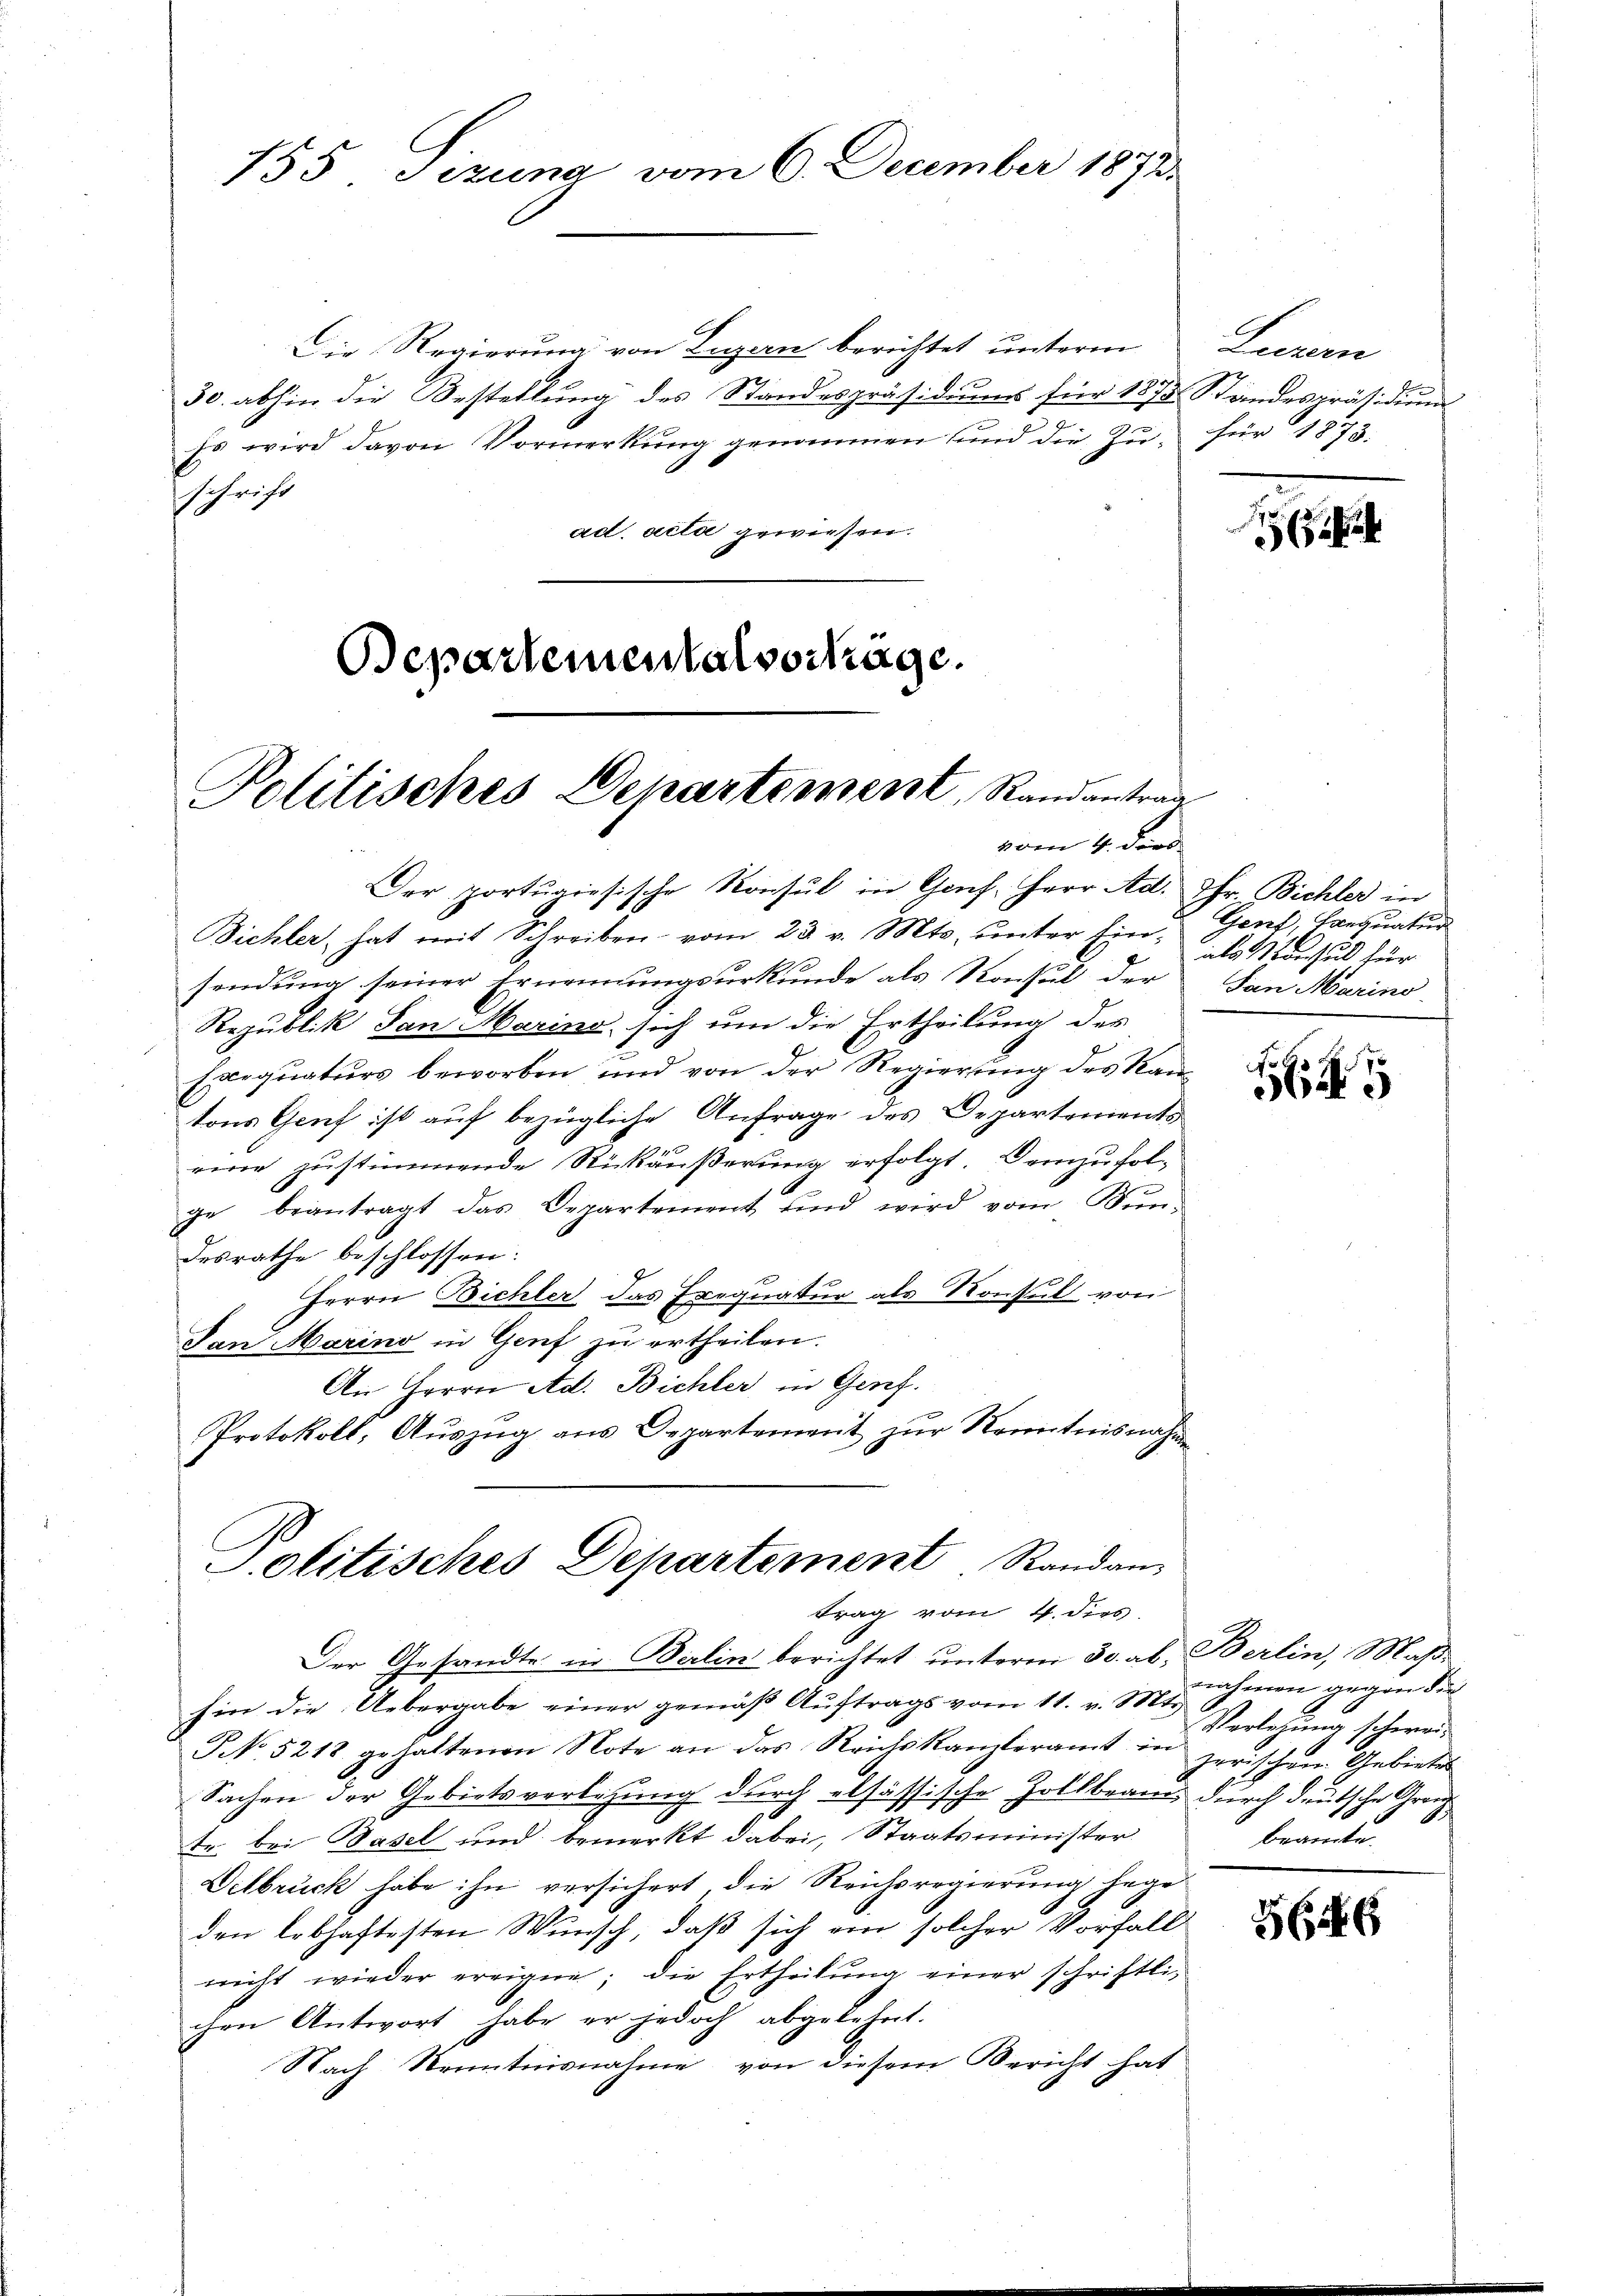
Die Regierung von Luzern berichtet unterm
30. abhin die Bestellung des Standespräsidiums für 1873 Standespräsidium
Es wird davon Vormerkŭng genommen und die Zŭ- für 1873.
schrift
act acta gewiesen.

Der portugisische Konsul in Genf, Herr Ad. Ihr Bichler in
Bichler, hat mit Schreiben vom 23. v. Mts. unter Einsendung seiner Ernennungsurkunde als Konsul der
Republik San Marina, sich um die Ertheilung der
Exequaturs beworben und von der Regierŭng des Kan-
tons Genf ist auf bezügliche Anfrage des Departements
eine zustimmende Rückäußerung erfolgt. Demzufol-
ge beantragt das Departement und wird vom Kŭn-
desrathe beschlossen:
Herrn Bichter das Exequatur als Konsul von
San Marino in Genf zu ertheilen.
An Herrn Ad. Bichler in Genf.
Protokoll, Aŭszŭg ans Departement zŭr Kenntnisnahme

155 Sizung vom 6. December 1873.

Departementalvorträge.
Politisches Departement, Randantrag
vom 4. der

Jolitisches Departement Randan-
trag vom 4. dies

Luzern

Der Gesandte in Berlin berichtet unterm 30. ab. Berlin, Maß
hin die Uebergabe einer gemäß Aŭftrags vom 11. v. 1807. ihnen gegen die
NNo. 5218 gehaltenen Note an das Reichskanzleramt in zerischem Gebietes
Sachen der Gebietsverlegung durch elsassische Zollbeaus durch deutsche Grünte bei Basel und bemerkt dabei, Staatsminister
Delbrück habe ihn versichert, die Reichsregierung hege
den lebhaftesten Wunsch, daß sich ein solcher Vorfall
nicht wieder ereigne; die Ertheilŭng einer schriftli-
chen Antwort habe er jedoch abgelehnt.
Nach Kenntnisnahme von diesem Bericht hat

Genf, Banquatur
als Monsul für
San Marino

H

Verlegung schweibeamte.

366